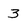
Character: 3